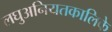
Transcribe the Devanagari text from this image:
लघुअनियतकालिके